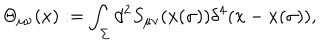
\Theta _ { \mu \nu } ( x ) : = \int _ { \Sigma } d ^ { 2 } S _ { \mu \nu } ( x ( \sigma ) ) \delta ^ { 4 } ( x - x ( \sigma ) ) ,